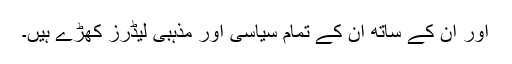
اور ان کے ساتھ ان کے تمام سیاسی اور مذہبی لیڈرز کھڑے ہیں۔